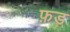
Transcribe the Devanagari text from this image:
फ़ड